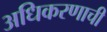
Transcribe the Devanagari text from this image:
अधिकरणाची